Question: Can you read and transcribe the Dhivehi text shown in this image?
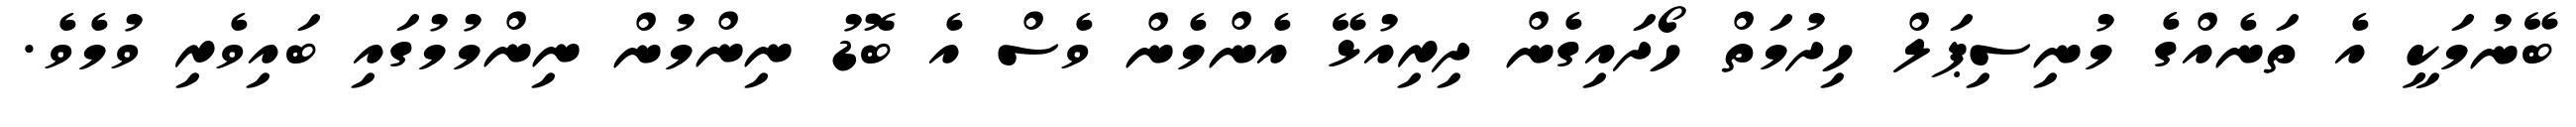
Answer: ބޭނުމަކީ އެ ތަނެއްގެ މުނިސިޕަލް ހިދުމަތް ހޯދައިގެން ދިރިއުޅޭ އެންމެން ވެސް އެ ބޮޑު ނިންމުން ނިންމުމުގައި ބައިވެރި ވުމެވެ.